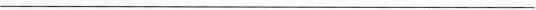
___